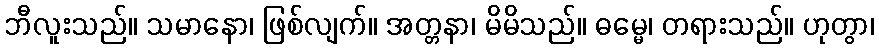
ဘီလူးသည်။ သမာနော၊ ဖြစ်လျက်။ အတ္တနာ၊ မိမိသည်။ ဓမ္မေ၊ တရားသည်။ ဟုတွာ၊